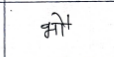
मजकूर: भौ